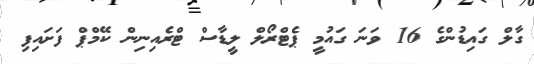
ގާލް ގައިޑުންގެ 16 ވަނަ ގައުމީ ޕެޓްރޯލް ލީޑާސް ޓްރެއިނިން ކޭމްޕް ފަށައިފި